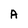
Character: A